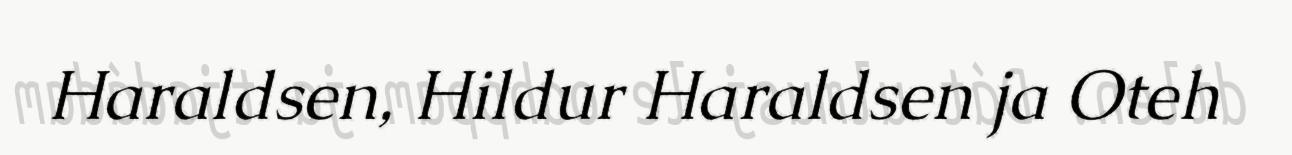
Haraldsen, Hildur Haraldsen ja Oteh